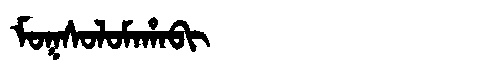
Manchu: ᠮᠣᡴᠰᠣᠯᠣᠮᠠᡥᠠᠪᡳ
Romanization: MOKSOLOMAHABI